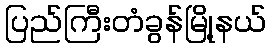
ပြည်ကြီးတံခွန်မြို့နယ်